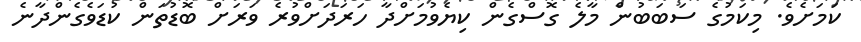
ކަމަށެވެ. މިކަމުގެ ސަބަބުން މާލެ ގޮސްގެން ކިޔެވުމަށްދާ ހަރަދަށްވުރެ ވަރަށް ބޮޑުތަން ކުޑަވެގެންދާނެ